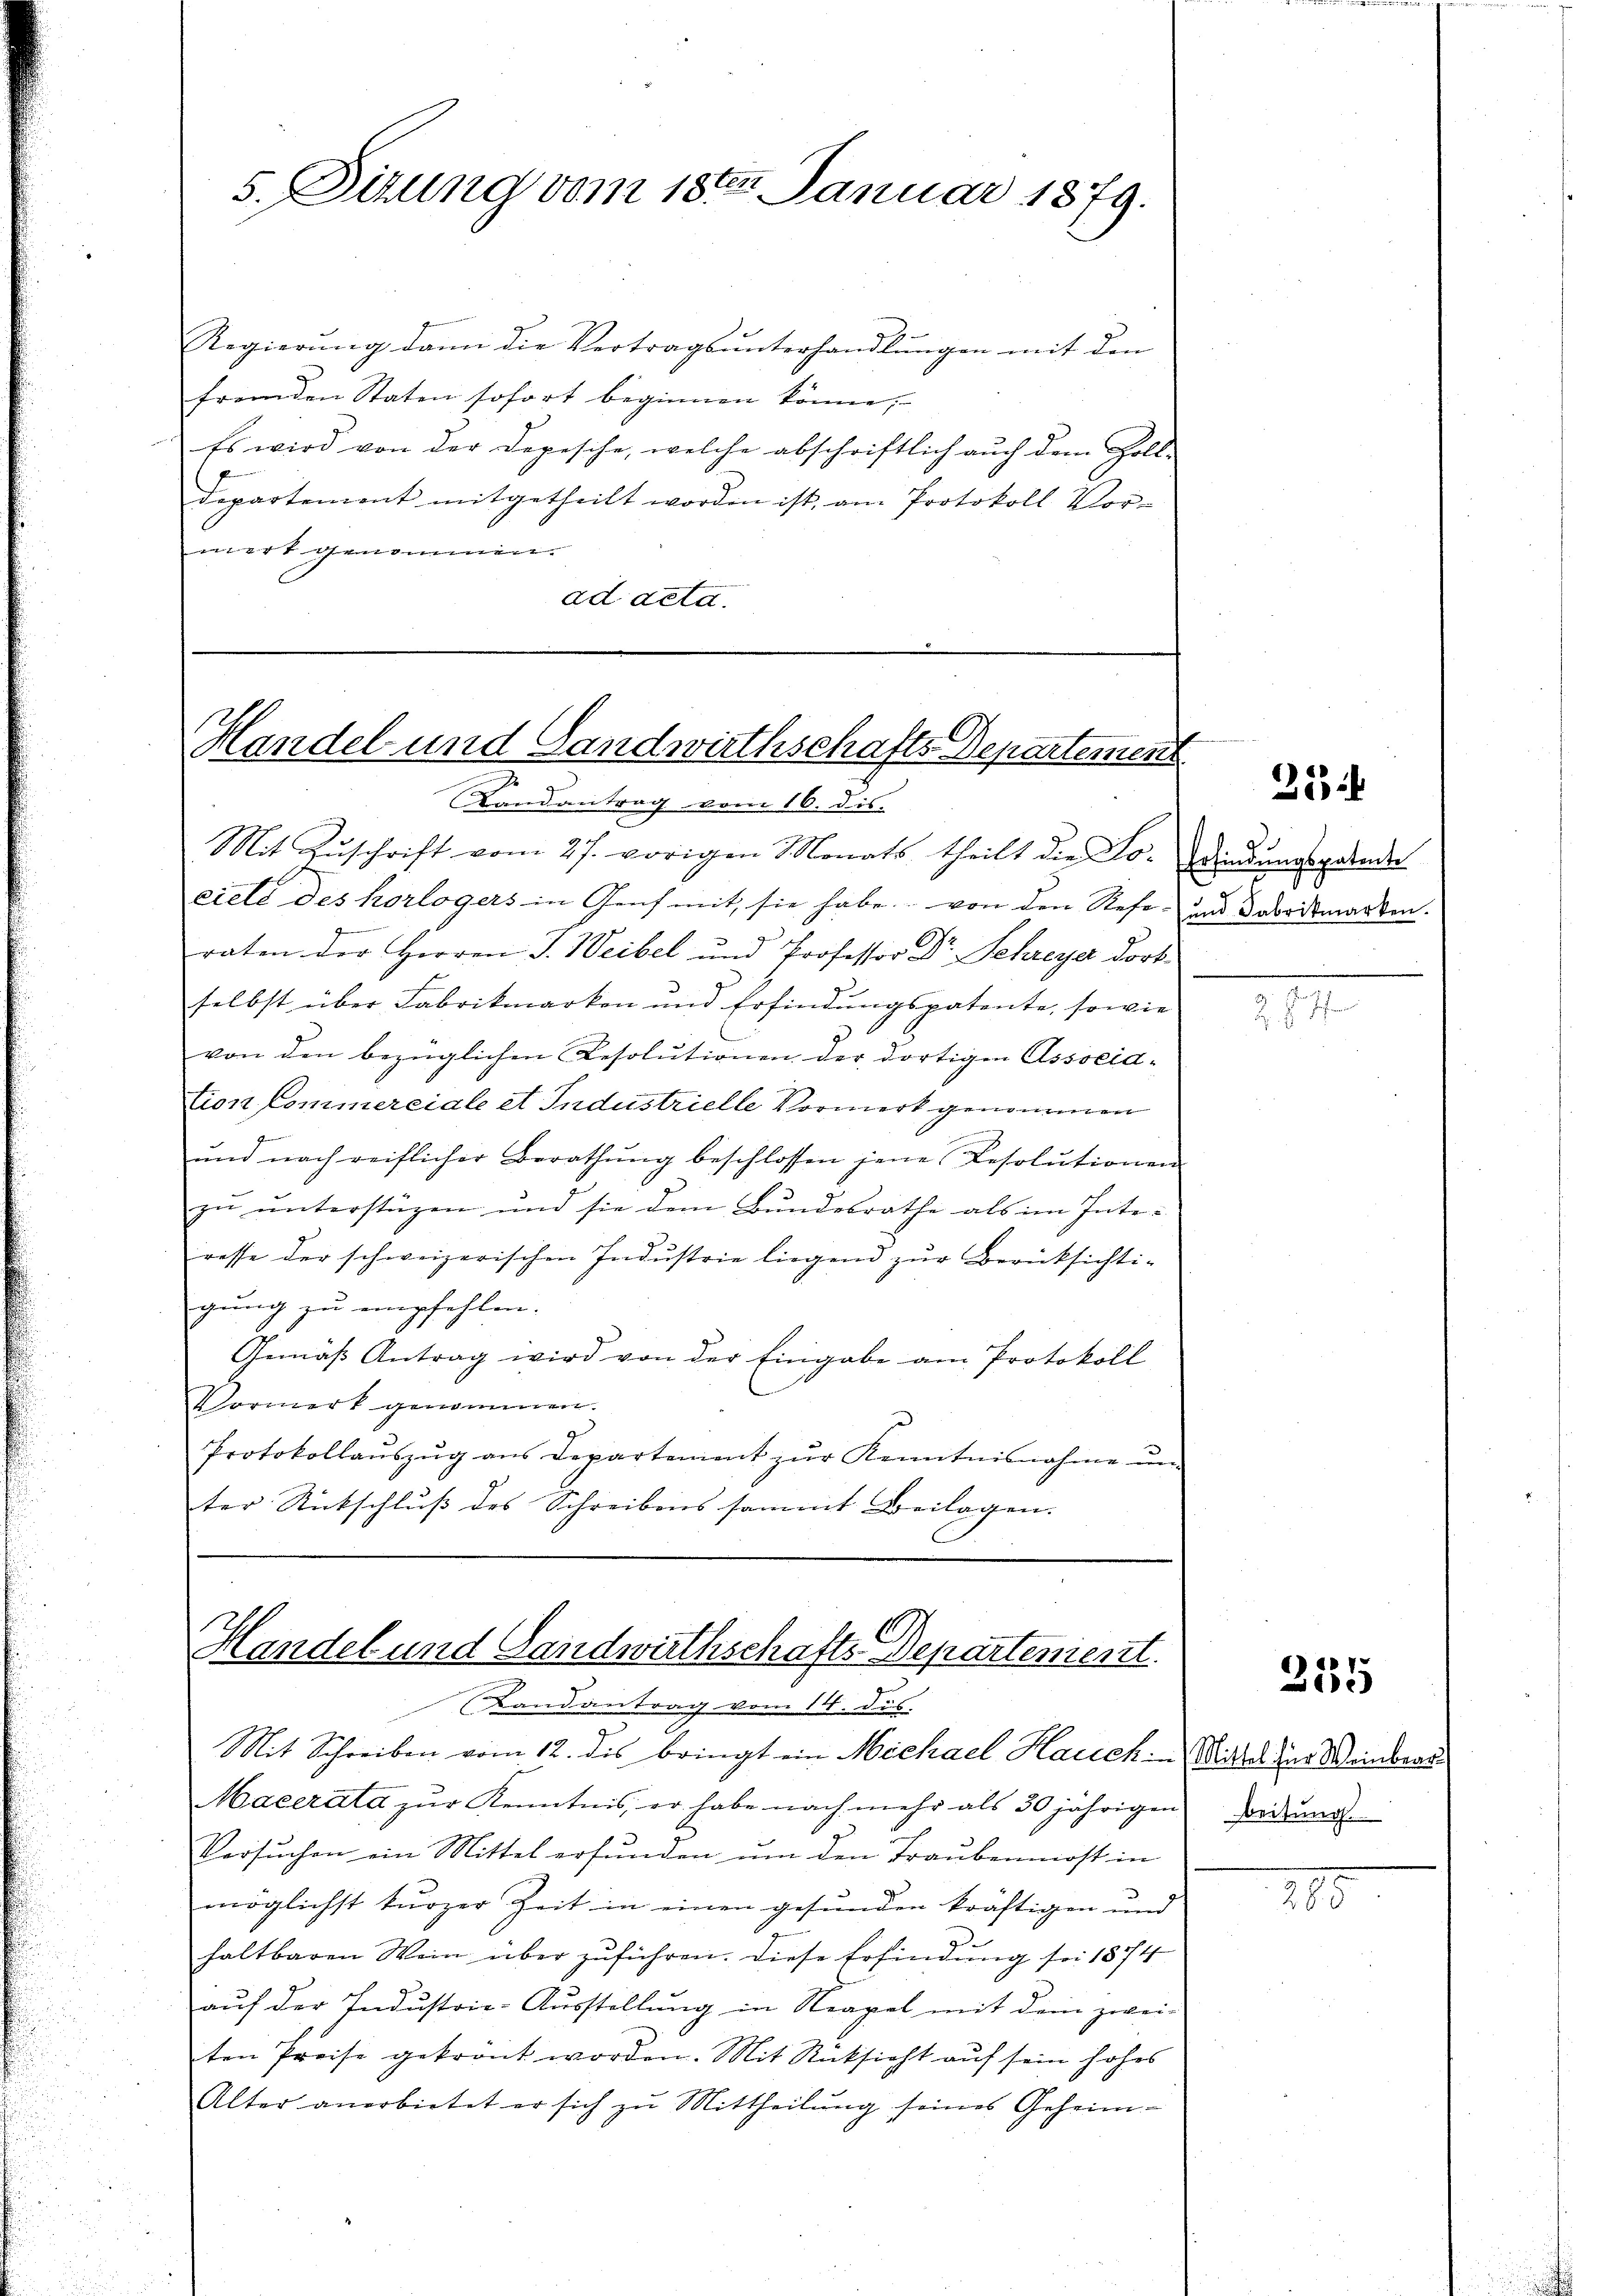
5. Situng vom 18ten Januar 1879.

Regierung dann die Vertragsunterhandlungen mit den
fremden Staten sofort beginnen könne;
Es wird von der Depesche, welche abschriftlich aŭch dem Goll-
departement mitgetheilt worden ist, am Protokoll Vor-
mert genommen.
addeld.

Handel und Landwirthschafts-Departement
Landantrag vom 16. dis.

Mit Zuschrift vom 27. vorigen Monats theilt die Lo-Diendungspende
eiele des korlogers in Genf mit, sie habe von den Refe- und daboitmarken.
raten der Herren J. Weibel und Professor Dr. Schreye dort
selbst über Fabrikmarken und Erfindungspatente, sowie
von den bezüglichen Resolutionen der dortigen Associd-
s
tion Commerciale et Industrielle Vormerk genommen
ŭnd nach reiflicher Berathŭng beschlossen jene Resolutionen
zŭ ŭnterstüzen und sie dem Bundesrathe als im Interesse der schweizerischen Indŭstrie liegend zŭr Berücksichti-
gung zu empfehlen.
Gemäss Antrag wird von der Eingabe am Protokoll
Vormert genommen.
Protokollaŭszŭg ans Departement zŭr Kenntnisnahme ŭn-
ter Rückschluß des Schreibens sammt Beilagen.

Handel und Landwirthschafts Departement.

Landantrag vom 14. des.
Mit Schreiben vom 12. des bringt ein Michael Hauch in Mittel zur Weinbrac
Macerata zŭr Kenntnis, er habe nach mehr als 30 jährigen Forden.
Versuchen ein Mittel erfunden um den Traubenmost in
möglichst kurzer Zeit in einen gesunden kräftigen und
haltbaren Wein über zuführen. Diese Erfindung sei 1874
aŭf der Industrie-Ausstellung in Neapel mit dem zwei-
ten Preise gekrönt worden. Mit Rücksicht auf sein hohes
Alter anerbietet er sich zŭ Mittheilŭng seines Geheim-

25

d

z. Haffen

235